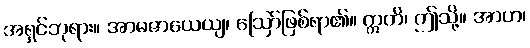
အရှင်ဘုရား။ အာမဇာယေယျ၊ ဩော်ဖြစ်ရာ၏။ ဣတိ၊ ဤသို့။ အာဟ၊